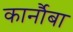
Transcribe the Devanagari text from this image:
कार्नौबा